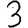
Digit: 3